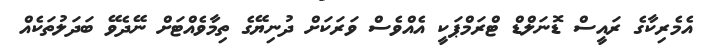
އެމެރިކާގެ ރައީސް ޑޮނަލްޑް ޓްރަމްޕަކީ އެއްވެސް ވަރަކަށް ދުނިޔޭގެ ތިމާވެއްޓަށް ނޭދެވޭ ބަދަލުތަކެއް